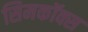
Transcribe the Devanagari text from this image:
सिमकॉक्स